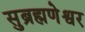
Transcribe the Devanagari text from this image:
सुब्रह्मणेश्वर